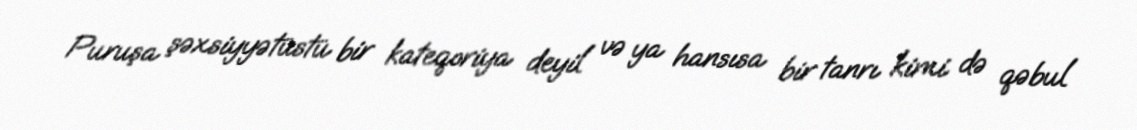
Puruşa şəxsiyyətüstü bir kateqoriya deyil və ya hansısa bir tanrı kimi də qəbul